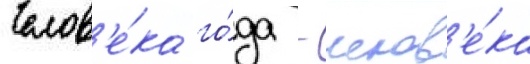
Челов'е́ка го́да - челов'е́ка